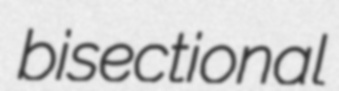
bisectional